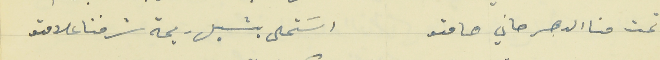
تحت منا الدهر حاني هامتو                                      اسَتحلى يشيل ريحة شرفنا علامتو